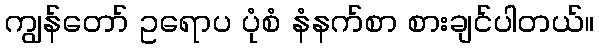
ကျွန်တော် ဥရောပ ပုံစံ နံနက်စာ စားချင်ပါတယ်။